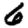
Digit: 6